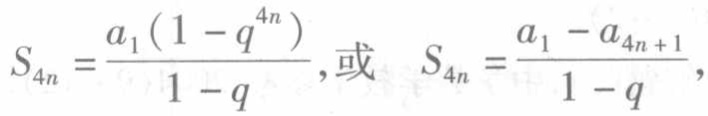
$S_{4n}=\frac{a_{1}(1 - q^{4n})}{1 - q},或\ S_{4n}=\frac{a_{1} - a_{4n + 1}}{1 - q},$